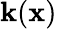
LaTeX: \mathbf{k}(\mathbf{{x}})